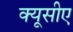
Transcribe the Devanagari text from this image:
क्यूसीए